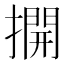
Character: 𢵱